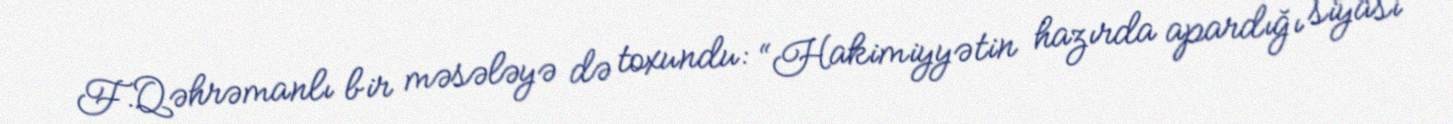
F.Qəhrəmanlı bir məsələyə də toxundu: “Hakimiyyətin hazırda apardığı siyasi